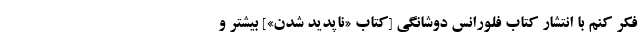
فکر کنم با انتشار کتاب فلورانس دوشانگی [کتاب «ناپدید شدن»] بیشتر و